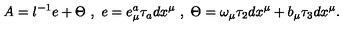
A = l ^ { - 1 } e + \Theta \ , \ e = e _ { \mu } ^ { a } \tau _ { a } d x ^ { \mu } \ , \ \Theta = \omega _ { \mu } \tau _ { 2 } d x ^ { \mu } + b _ { \mu } \tau _ { 3 } d x ^ { \mu } .